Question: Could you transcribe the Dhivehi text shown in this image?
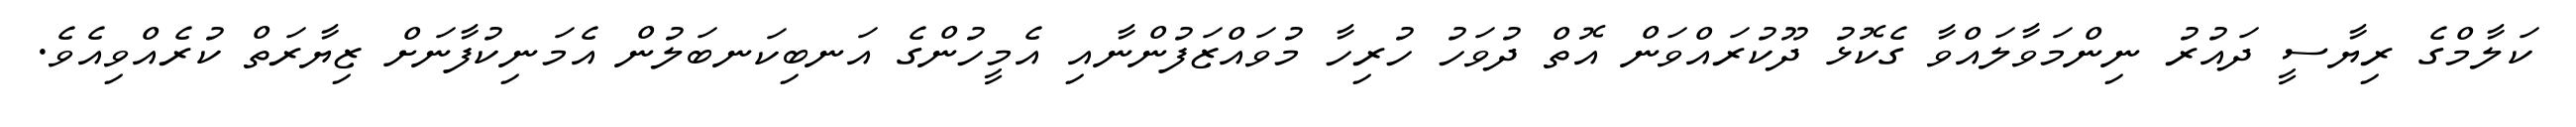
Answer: ކަލާމްގެ ރިޔާސީ ދައުރު ނިންމަވާލައްވާ ގެކޮޅު ދޫކުރައްވަން އޮތް ދުވަހު ހުރިހާ މުވައްޒަފުންނާއި އެމީހުންގެ އަނބިކަނބަލުން އެމަނިކުފާނަށް ޒިޔާރަތް ކުރެއްވިއެވެ.